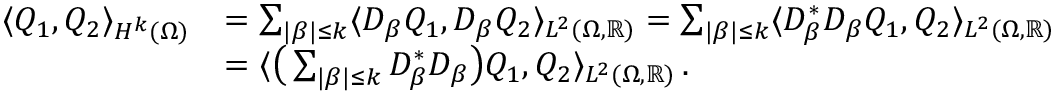
\begin{array} { r l } { \langle Q _ { 1 } , Q _ { 2 } \rangle _ { H ^ { k } ( \Omega ) } } & { = \sum _ { | \beta | \leq k } \langle D _ { \beta } Q _ { 1 } , D _ { \beta } Q _ { 2 } \rangle _ { L ^ { 2 } ( \Omega , \mathbb { R } ) } = \sum _ { | \beta | \leq k } \langle D _ { \beta } ^ { * } D _ { \beta } Q _ { 1 } , Q _ { 2 } \rangle _ { L ^ { 2 } ( \Omega , \mathbb { R } ) } } \\ & { = \langle \big ( \sum _ { | \beta | \leq k } D _ { \beta } ^ { * } D _ { \beta } \big ) Q _ { 1 } , Q _ { 2 } \rangle _ { L ^ { 2 } ( \Omega , \mathbb { R } ) } \, . } \end{array}